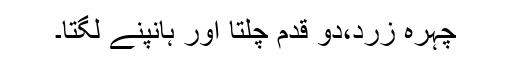
چہرہ زرد،دو قدم چلتا اور ہانپنے لگتا۔